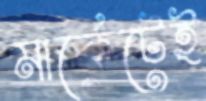
মার্কেটেই